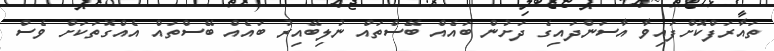
ތައާރަފްކޮށްފައިވާ އާސަންދައިގެ ދަށުން ބައެއް ބޭސްތައް ނުލިބޭއިރު ބައެއް ބޭސްތައް އެއްގޮތަކަށް ވެސް